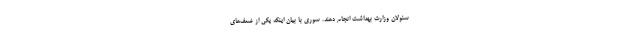
سئولان وزارت بهداشت انجام دهند. سوری با بیان اینکه یکی از ضعف‌های